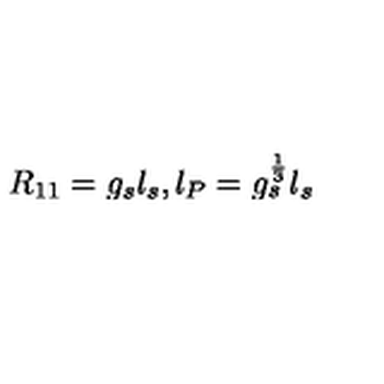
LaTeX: R _ { 1 1 } = g _ { s } l _ { s } , l _ { P } = g _ { s } ^ { \frac { 1 } { 3 } } l _ { s }